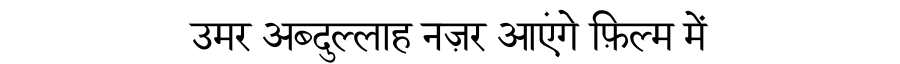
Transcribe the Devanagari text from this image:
उमर अब्दुल्लाह नज़र आएंगे फ़िल्म में